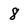
Character: 8